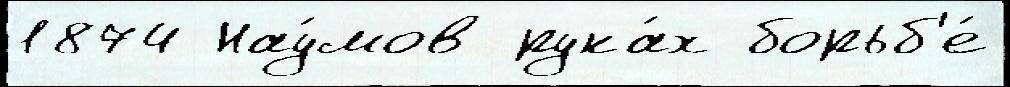
1874 Нау́мов рука́х борьб'е́